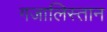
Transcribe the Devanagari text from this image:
गजालिस्तान